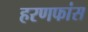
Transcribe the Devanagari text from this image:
हरणफांस